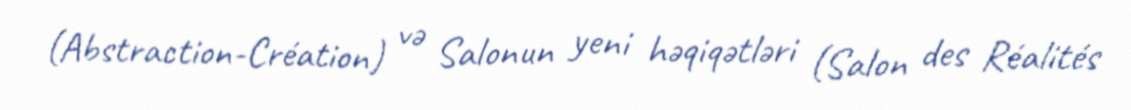
(Abstraction-Création) və Salonun yeni həqiqətləri (Salon des Réalités